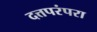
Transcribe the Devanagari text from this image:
दत्तपरंपरा